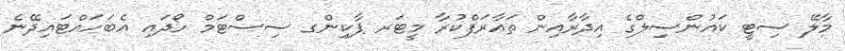
މާލޭ ސިޓީ ކައުންސިލްގެ އިދާރާއިން ތައާރަފްކުރާ މީޓަރ ޕާކިންގ ސިސްޓަމް ހޯދައި އެބަހައްޓައިދޭނެ